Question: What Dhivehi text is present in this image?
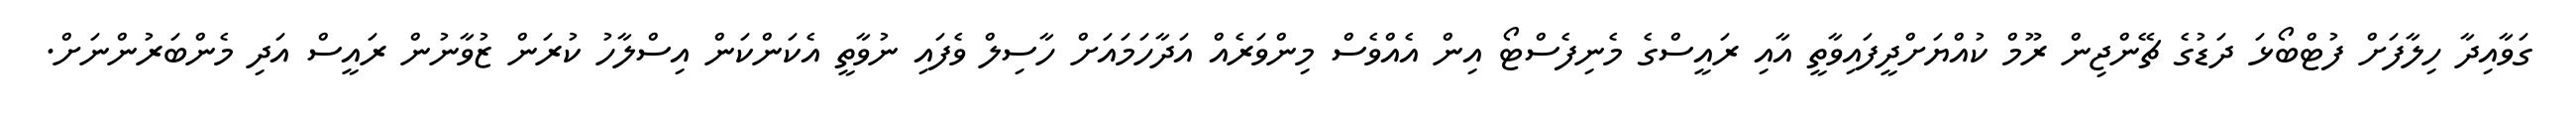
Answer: ގަވާއިދާ ހިލާފަށް ފުޓްބޯޅަ ދަޑުގެ ޗޭންޖިން ރޫމް ކުއްޔަށްދީފައިވާތީ އާއި ރައީސްގެ މެނިފެސްޓޯ އިން އެއްވެސް މިންވަރެއް އަދާހަމައަށް ހާސިލް ވެފައި ނުވާތީ އެކަންކަން އިސްލާހު ކުރަން ޒުވާނުން ރައީސް އަދި މެންބަރުންނަށް.